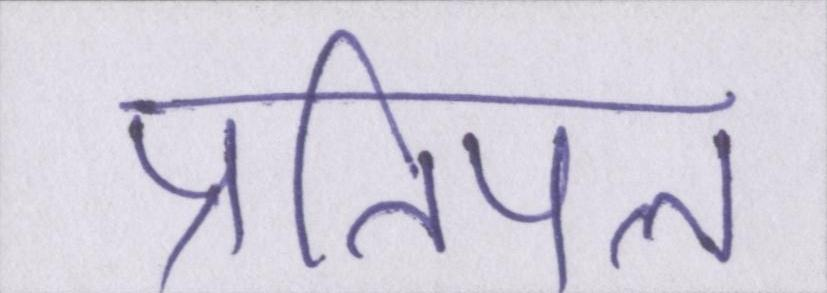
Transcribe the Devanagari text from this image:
प्रतिपल